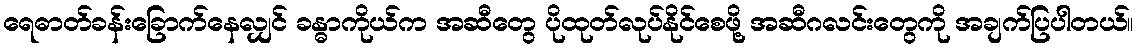
ရေဓာတ်ခန်းခြောက်နေလျှင် ခန္ဓာကိုယ်က အဆီတွေ ပိုထုတ်လုပ်နိုင်စေဖို့ အဆီဂလင်းတွေကို အချက်ပြပါတယ်။